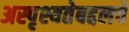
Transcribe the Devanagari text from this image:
अस्पृश्यतेबद्दलचे